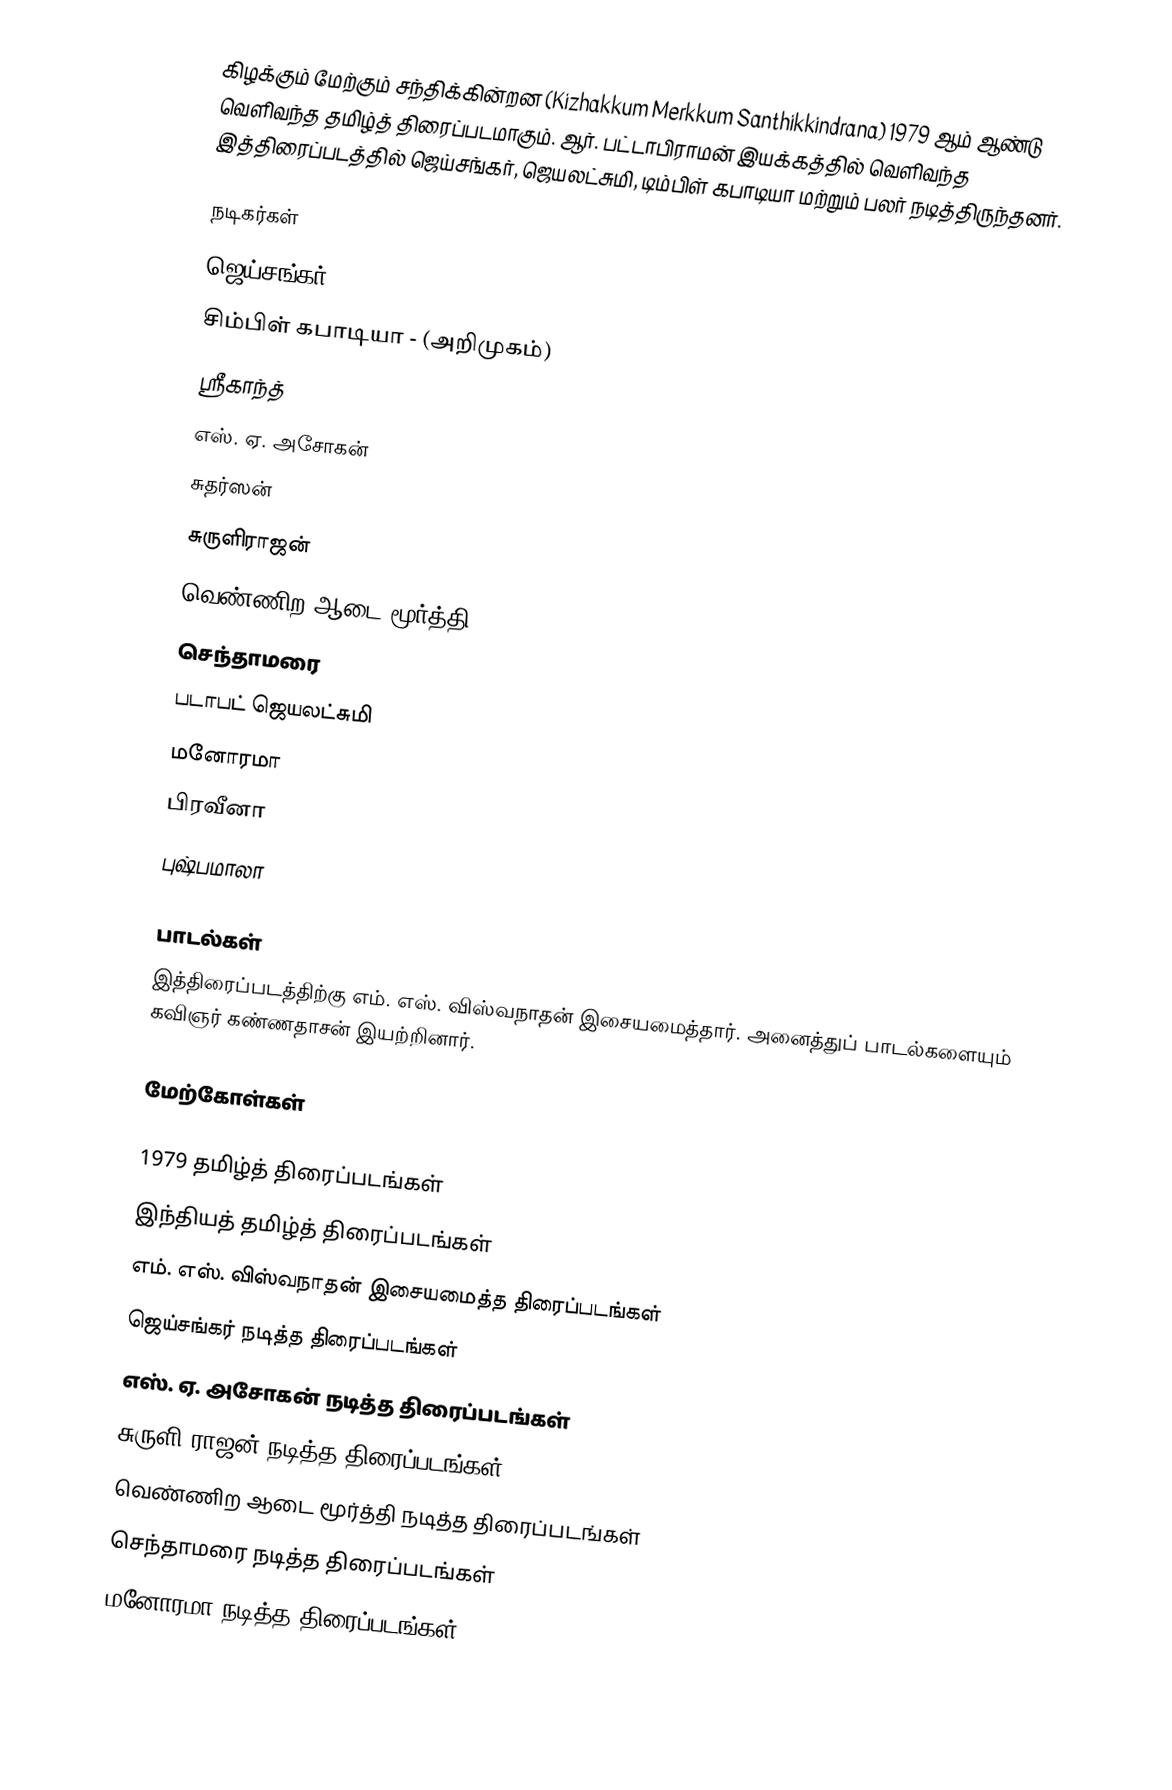
கிழக்கும் மேற்கும் சந்திக்கின்றன (Kizhakkum Merkkum Santhikkindrana) 1979 ஆம் ஆண்டு வெளிவந்த தமிழ்த் திரைப்படமாகும். ஆர். பட்டாபிராமன் இயக்கத்தில் வெளிவந்த இத்திரைப்படத்தில் ஜெய்சங்கர், ஜெயலட்சுமி, டிம்பிள் கபாடியா மற்றும் பலர் நடித்திருந்தனர்.

நடிகர்கள்
 ஜெய்சங்கர்
 சிம்பிள் கபாடியா - (அறிமுகம்)
 ஸ்ரீகாந்த்
 எஸ். ஏ. அசோகன்
 சுதர்ஸன்
 சுருளிராஜன்
 வெண்ணிற ஆடை மூர்த்தி
 செந்தாமரை
 படாபட் ஜெயலட்சுமி
 மனோரமா
 பிரவீனா
 புஷ்பமாலா

பாடல்கள்
இத்திரைப்படத்திற்கு எம். எஸ். விஸ்வநாதன் இசையமைத்தார். அனைத்துப் பாடல்களையும் கவிஞர் கண்ணதாசன் இயற்றினார்.

மேற்கோள்கள்

1979 தமிழ்த் திரைப்படங்கள்
இந்தியத் தமிழ்த் திரைப்படங்கள்
எம். எஸ். விஸ்வநாதன் இசையமைத்த திரைப்படங்கள்
ஜெய்சங்கர் நடித்த திரைப்படங்கள்
எஸ். ஏ. அசோகன் நடித்த திரைப்படங்கள்
சுருளி ராஜன் நடித்த திரைப்படங்கள்
வெண்ணிற ஆடை மூர்த்தி நடித்த திரைப்படங்கள்
செந்தாமரை நடித்த திரைப்படங்கள்
மனோரமா நடித்த திரைப்படங்கள்